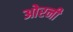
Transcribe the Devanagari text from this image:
ओरनी